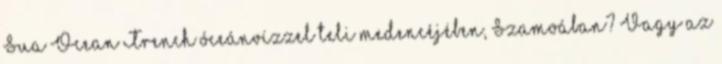
Sua Ocean Trench óceánvízzel teli medencéjében, Szamoában? Vagy az